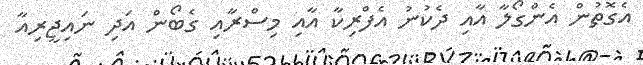
އެގޮތުން އެންގޯލާ އާއި ދެކުނު އެފްރިކާ އާއި މިސްރާއި ގެބޯން އަދި ނައިޖީރިއާ